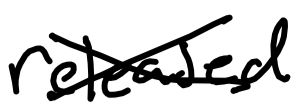
Text: released
Cross-out: mix
Writing tool: digital_black